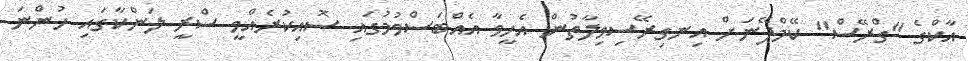
އާކްގެ "ގްރޭސް" ކޭމްޕޭނަށް އިނގިރޭސިވިލާތުން އެހީވާ އެއްބަސްވުމުގައި ސޮއިކުރެއްވީ ސްރީ ލަންކާގައި ހުންނަ